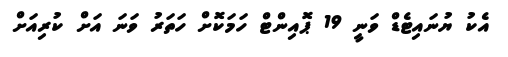
އެކު ޔުނައިޓެޑް ވަނީ 19 ޕޮއިންޓް ހަމަކޮށް ހަތަރު ވަނަ އަށް ކުރިއަށް